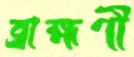
ব্রাহ্মণী